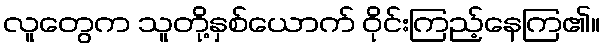
လူတွေက သူတို့နှစ်ယောက် ဝိုင်းကြည့်နေကြ၏။